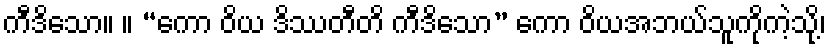
ကီဒိသော။ ။ “ကော ဝိယ ဒိဿတီတိ ကီဒိသော” ကော ဝိယအဘယ်သူကိုကဲ့သို့၊